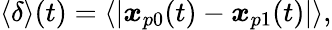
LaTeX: \begin{array}{r}{\langle\delta\rangle(t)=\langle|\boldsymbol{x}_{p0}(t)-\boldsymbol{x}_{p1}(t)|\rangle,}\end{array}